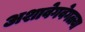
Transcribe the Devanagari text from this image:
अशावेगवेगळ्या